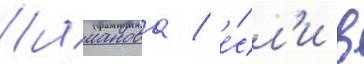
Шаманова / е́сл'и в